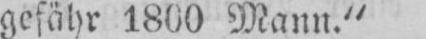
gefähr 1800 Mann.”